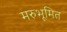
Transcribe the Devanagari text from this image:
मरुभूमित